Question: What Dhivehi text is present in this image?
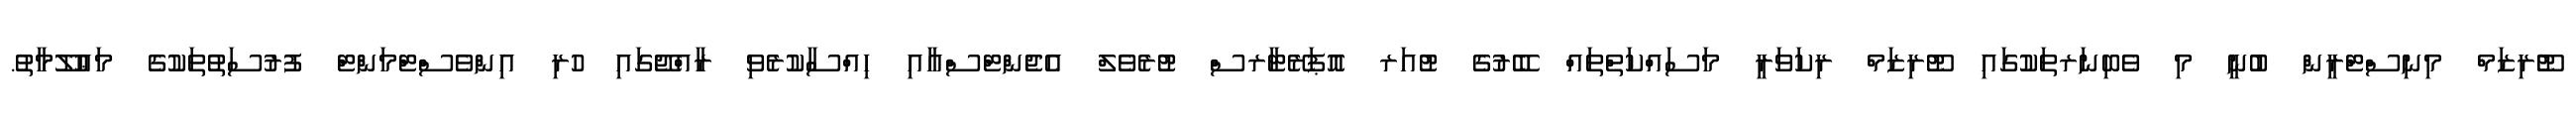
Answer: ޓޫެރިޒަމް މިނިސްޓްރީން ބުނީ މި ވެބިނަރތަކުގައި ޓޫރިޒަމް ރިކަވަރީ މަސައްކަތްތައް ބޭރުގެ ޓުއަރ އޮޕަރޭޓާރސް ޓުރެވެލް އެޖެންޓްސްއާއި ހިއްސާކުރެވި ރާއްޖޭގައި ހުރި އިންވެސްޓްމަންޓް ފުރުސަތުތަކުގެ މަޢުލޫމާތު.